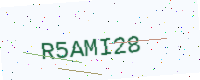
Text: R5AMI28